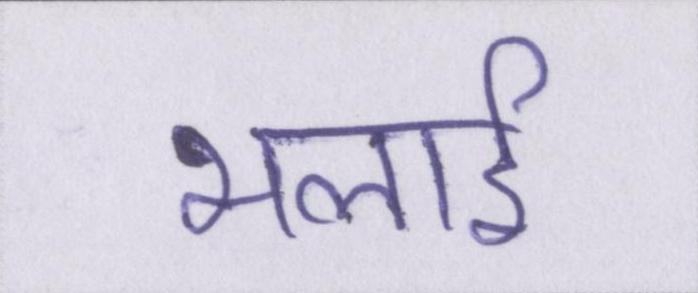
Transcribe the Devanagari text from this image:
भलाई